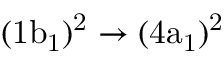
\mathrm { ( 1 b _ { 1 } ) ^ { 2 } \rightarrow ( 4 a _ { 1 } ) ^ { 2 } }